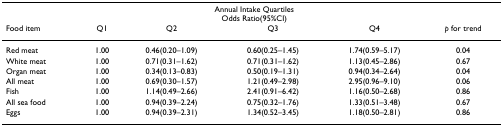
<table><thead><tr><td></td><td colspan="4"><b>Annual Intake QuartilesOdds Ratio(95%CI)</b></td><td></td></tr><tr><td><b>Food item</b></td><td><b>Q1</b></td><td><b>Q2</b></td><td><b>Q3</b></td><td><b>Q4</b></td><td><b><i>p </i>for trend</b></td></tr></thead><tbody><tr><td>Red meat</td><td>1.00</td><td>0.46(0.20–1.09)</td><td>0.60(0.25–1.45)</td><td>1.74(0.59–5.17)</td><td>0.04</td></tr><tr><td>White meat</td><td>1.00</td><td>0.71(0.31–1.62)</td><td>0.71(0.31–1.62)</td><td>1.13(0.45–2.86)</td><td>0.67</td></tr><tr><td>Organ meat</td><td>1.00</td><td>0.34(0.13–0.83)</td><td>0.50(0.19–1.31)</td><td>0.94(0.34–2.64)</td><td>0.04</td></tr><tr><td>All meat</td><td>1.00</td><td>0.69(0.30–1.57)</td><td>1.21(0.49–2.98)</td><td>2.95(0.96–9.10)</td><td>0.06</td></tr><tr><td>Fish</td><td>1.00</td><td>1.14(0.49–2.66)</td><td>2.41(0.91–6.42)</td><td>1.16(0.50–2.68)</td><td>0.86</td></tr><tr><td>All sea food</td><td>1.00</td><td>0.94(0.39–2.24)</td><td>0.75(0.32–1.76)</td><td>1.33(0.51–3.48)</td><td>0.67</td></tr><tr><td>Eggs</td><td>1.00</td><td>0.94(0.39–2.31)</td><td>1.34(0.52–3.45)</td><td>1.18(0.50–2.81)</td><td>0.86</td></tr></tbody></table>